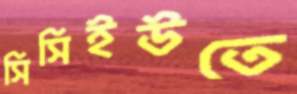
সিসিইউতে